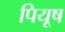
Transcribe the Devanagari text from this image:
पियूष